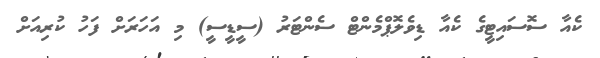
ކެއާ ސޮސައިޓީގެ ކެއާ ޑިވެލޮޕްމެންޓް ސެންޓަރު (ސީޑީސީ) މި އަހަރަށް ފަހު ކުރިއަށް